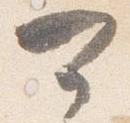
可